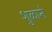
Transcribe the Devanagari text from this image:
शुळाने